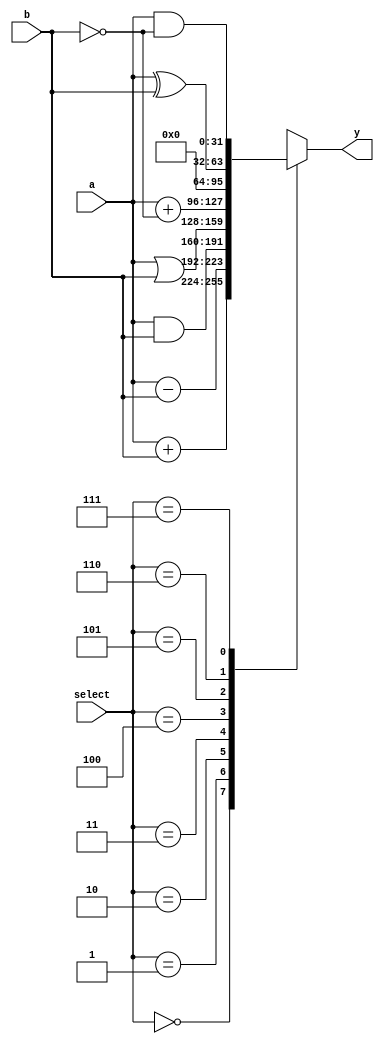
module ALU #(parameter WIDTH=32)
(		 
output reg 	[WIDTH -1: 0] 	y,
input		[WIDTH -1: 0]	a, b,
input		[2: 0]	select
);

always @ (*)
begin
y= 32'h00000000;
case (select)
3'b000:	y = a + b;
3'b001:	y = a - b;
3'b010:	y = a & b;
3'b011:  y = a | b;
3'b100:	y = a + (~b);
3'b101:	y= 32'h00000000;
3'b110:	y = a ^ b;
3'b111:	y = a & (~b);
default:		y = 32'h00000000;
endcase
end
endmodule